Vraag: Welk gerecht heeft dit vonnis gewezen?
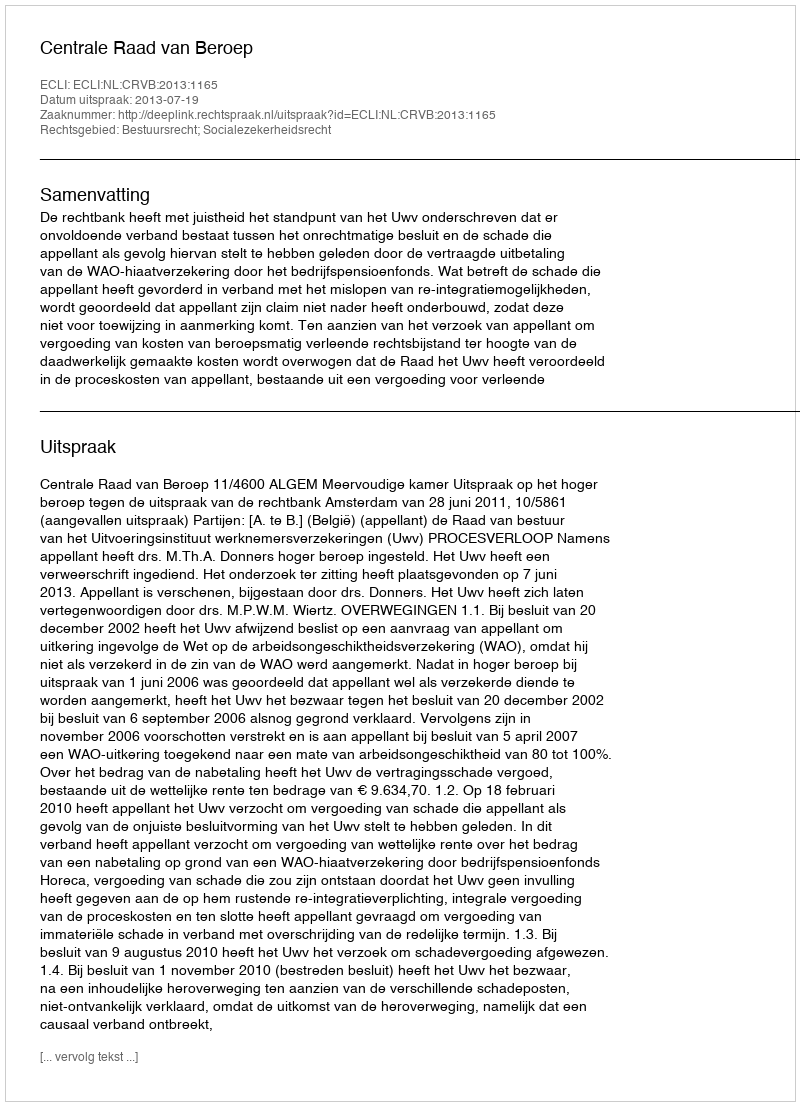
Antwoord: Centrale Raad van Beroep